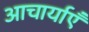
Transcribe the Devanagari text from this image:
आचार्याएँ